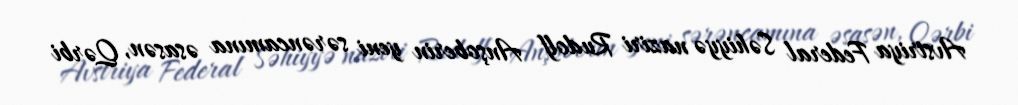
Avstriya Federal Səhiyyə naziri Rudolf Anşoberin yeni sərəncamına əsasən, Qərbi